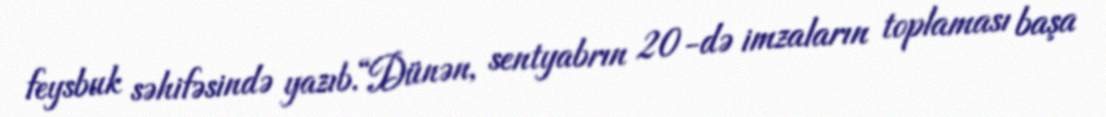
feysbuk səhifəsində yazıb.“Dünən, sentyabrın 20-də imzaların toplaması başa